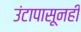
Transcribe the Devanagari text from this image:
उंटापासूनही